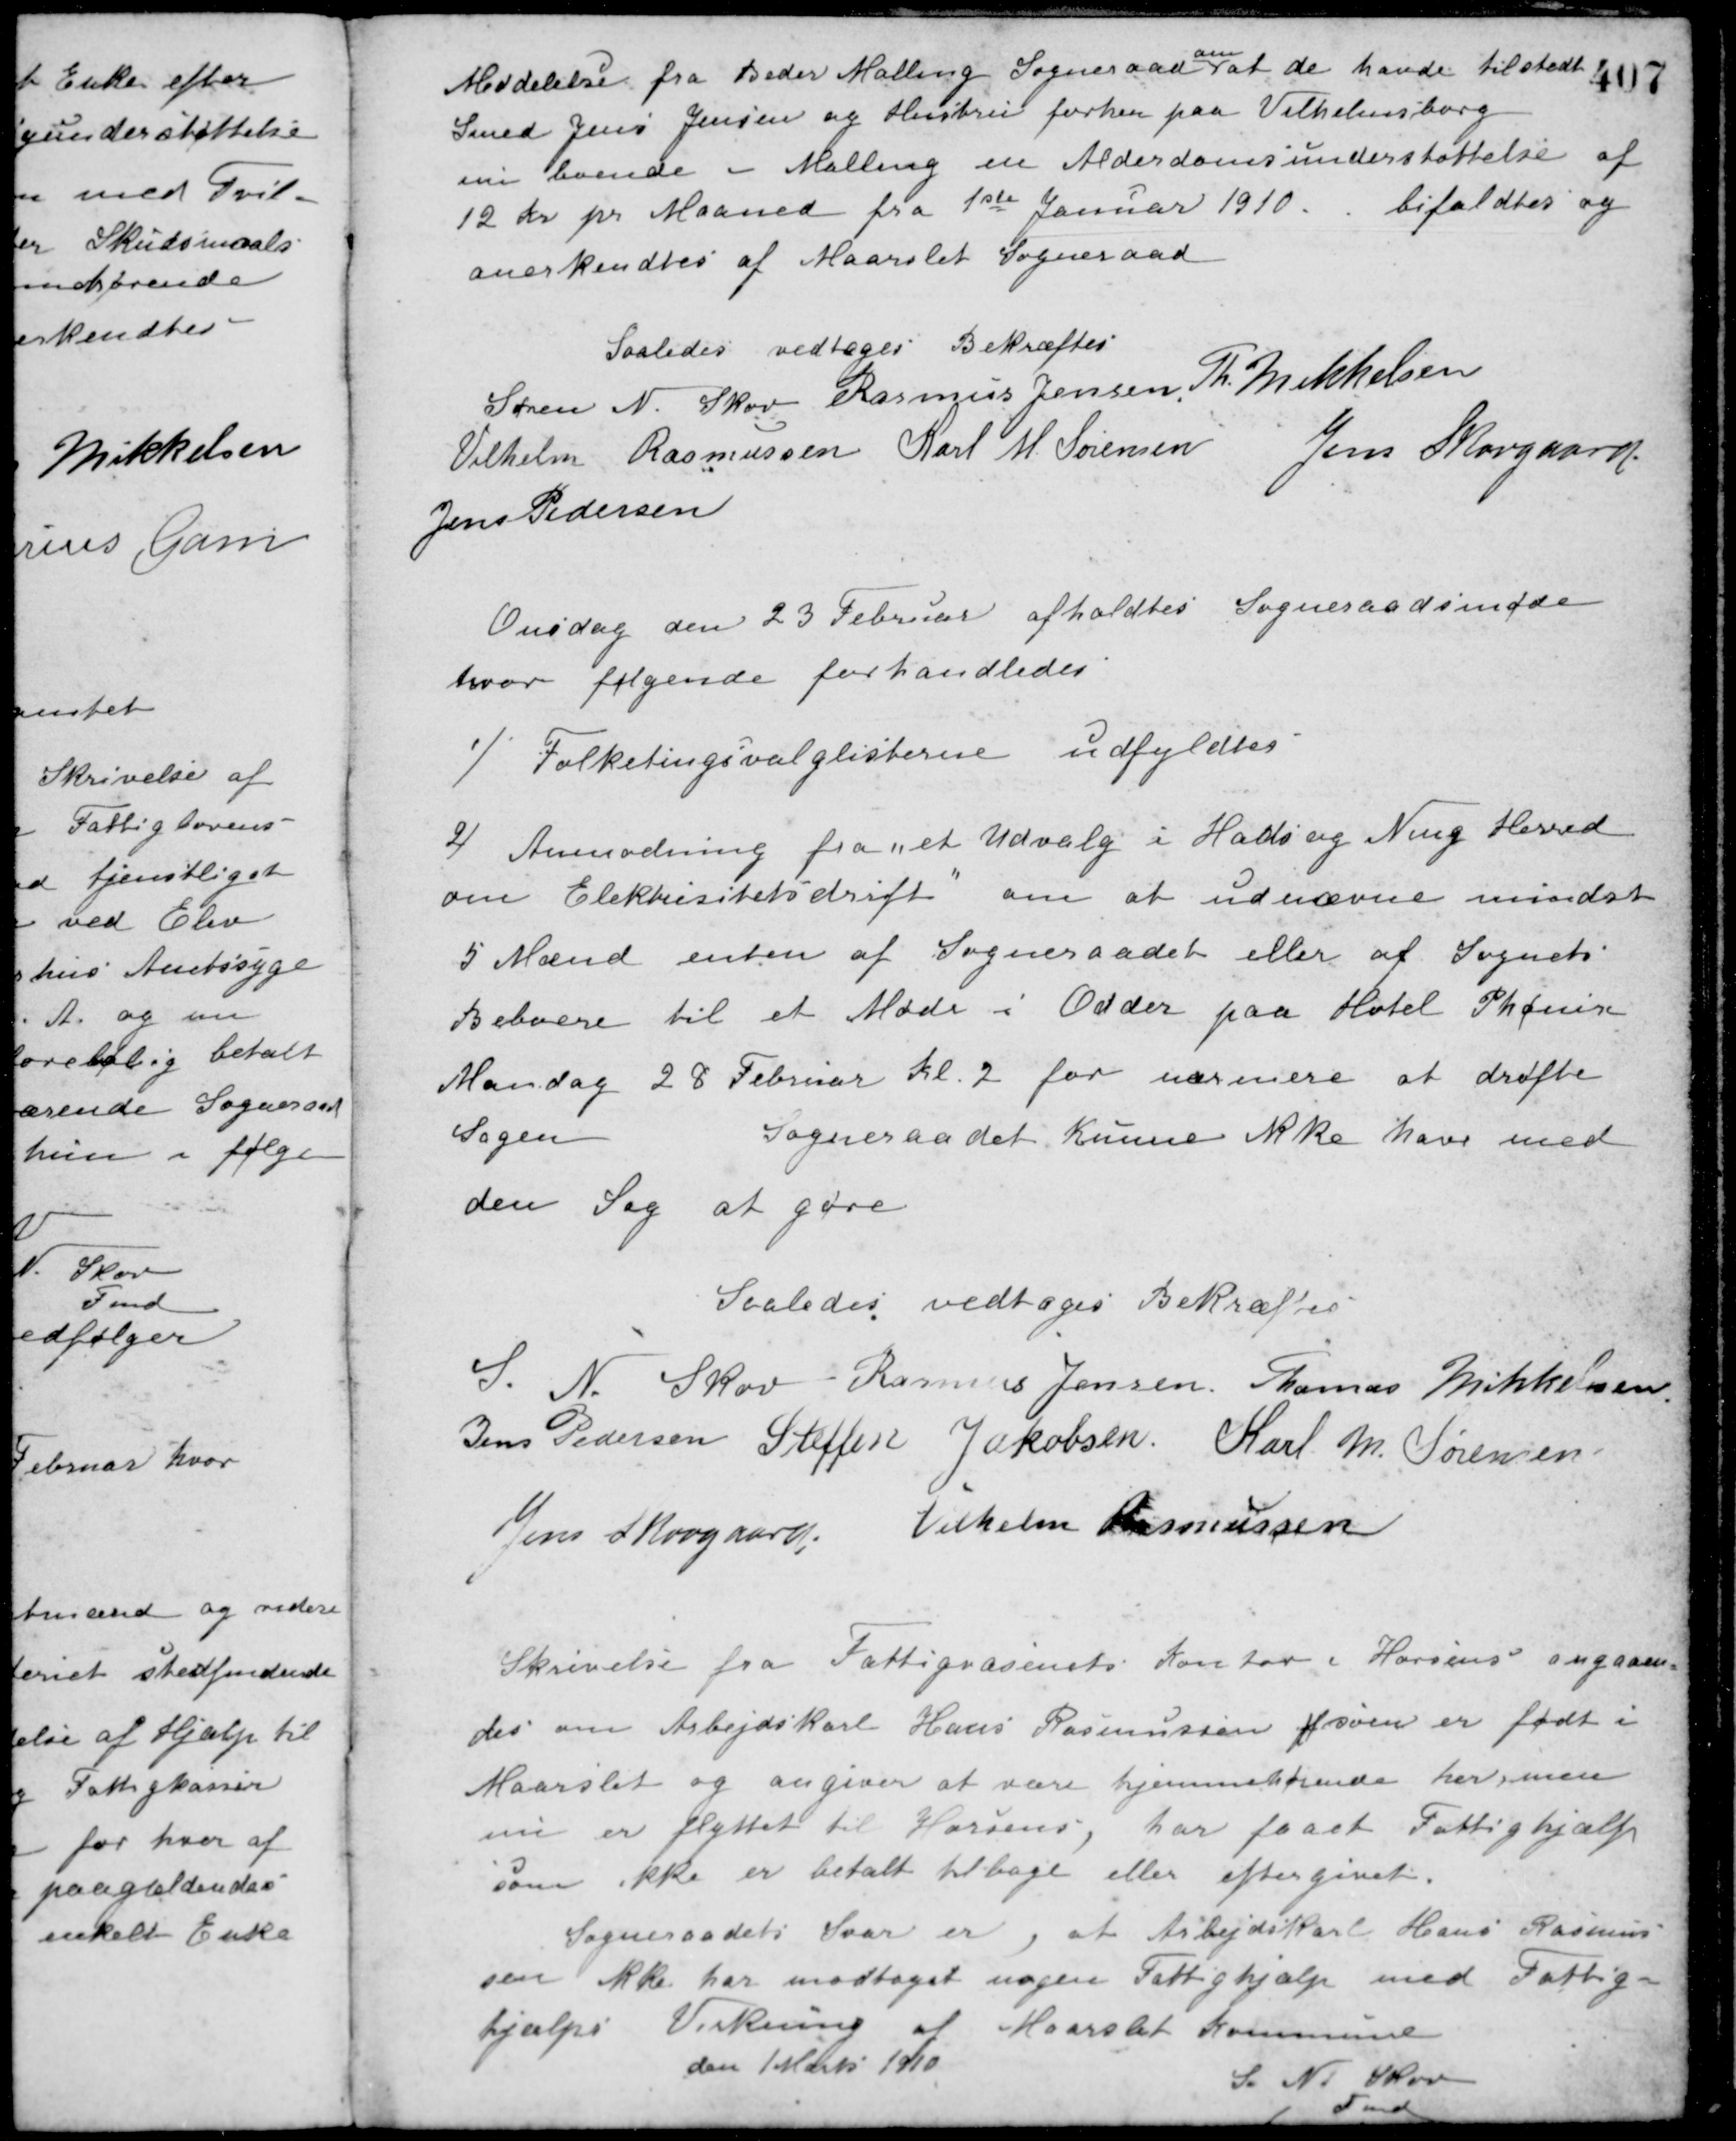
Transskription:
Meddelelse fra Beder Malling Sogneraad om at de havde tilstedt
Smed Jens Jensen og Hustru forhen paa Vilhelmsborg
nu boende i Malling en Alderdomsunderstøttelse af
12 Kr. pr. Maaned fra 1ste Januar 1910
bifaldtes og
anerkendtes af Maarslet Sogneraad
Saaledes vedtaget Bekræftes
Søren N. Skov Rasmus Jensen Th. Mikkelsen
Vilhelm Rasmussen Karl M. Sørensen
Jens Skovgaard
Jens Pedersen
Onsdag den 23 Februar afholdtes Sogneraadsmøde
hvor følgende forhandledes:
1) Folketingsvalglisterne udfyldtes
2) Anmodning fra et Udvalg i Hads og Ning Herred
om Elektricitetsdrift om at udnævne mindst
5 Mænd enten af Sogneraadet eller af Sognets
Beboere til et Møde i Odder paa Hotel Phønix
Mandag 28 Februar Kl. 2 for nærmere at drøfte
Sagen
Sogneraadet kunne ikke have med
den Sag at gøre
Saaledes vedtaget Bekræftes
S. N. Skov Rasmus Jensen Thomas Mikkelssen
Jens Pedersen Steffen Jakobsen Karl M. Sørensen
Jens Skovgaard Vilhelm Rasmussen
Skrivelse fra Fattigvæsenets Kontor i Horsens angaaen-
des om Arbejdskarl Hans Rasmussen af som er født i
Maarslet og angiver at være hjemmehørende her, men
nu er flyttet til Horsens, har faaet Fattighjælp
som ikke er betalt tilbage eller eftergivet.
Sogneraadets Svar er, at Arbejdskarl Hans Rasmus-
sen ikke har modtaget nogen Fattighjælp med Fattig-
hjælps Virkning af Maarslet Kommune
den 1 Marts 1910
S. N. Skov
Fmd.